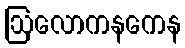
ဩလောကနကေန